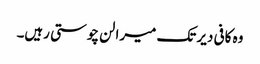
وہ کافی دیر تک میرا لن چوستی رہیں۔